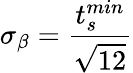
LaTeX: \sigma_{\beta}=\frac{t_{s}^{min}}{\sqrt{12}}